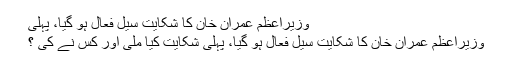
وزیراعظم عمران خان کا شکایت سیل فعال ہو گیا، پہلی
وزیراعظم عمران خان کا شکایت سیل فعال ہو گیا، پہلی شکایت کیا ملی اور کس نے کی ؟